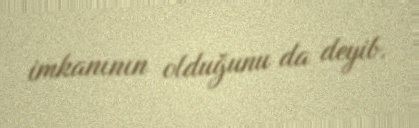
imkanının olduğunu da deyib.